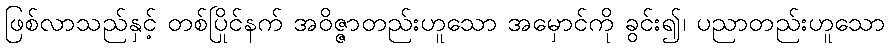
ဖြစ်လာသည်နှင့် တစ်ပြိုင်နက် အဝိဇ္ဇာတည်းဟူသော အမှောင်ကို ခွင်း၍၊ ပညာတည်းဟူသော